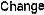
CHANGE